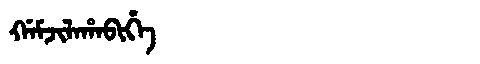
Manchu: ᡤᠠᠮᠵᡳᠯᠠᡥᠠᠪᡳᡥᡝ
Romanization: GAMJILAHABIHE